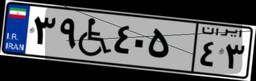
۳۹W۴۰۵۴۳